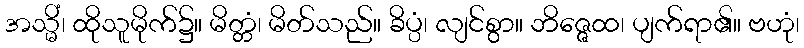
အသ္မိံ၊ ထိုသူမိုက်၌။ မိတ္တံ၊ မိတ်သည်။ ခိပ္ပံ၊ လျင်စွာ။ ဘိဇ္ဇေထ၊ ပျက်ရာ၏။ ဗဟုံ၊